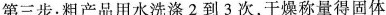
第三步：粗产品用水洗涤2到3次，干燥称量得固体